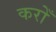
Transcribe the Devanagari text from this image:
करोँ